Vaccination in Bombay 1869-1873 - 1869-1873
Year: 1869
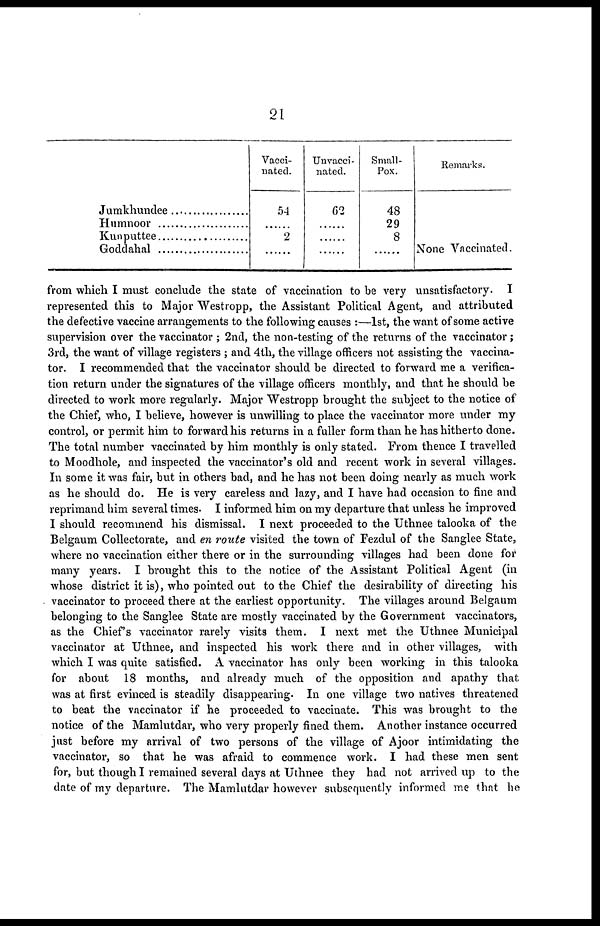
21
Jumkhundee .........................
Humnoor .........................
Kunputtee .........................
Goddahal .........................
Vacci-
nated.
54
......
2
......
Unvacci-
nated.
62
......
......
......
Small-
Pox.
48
29
8
......
Remarks.
None Vaccinated.
from which I must conclude the state of vaccination to be very unsatisfactory. I
represented this to Major Westropp, the Assistant Political Agent, and attributed
the defective vaccine arrangements to the following causes :—1st, the want of some active
supervision over the vaccinator ; 2nd, the non-testing of the returns of the vaccinator;
3rd, the want of village registers ; and 4th, the village officers not assisting the vaccina-
tor. I recommended that the vaccinator should be directed to forward me a verifica-
tion return under the signatures of the village officers monthly, and that he should be
directed to work more regularly. Major Westropp brought the subject to the notice of
the Chief, who, I believe, however is unwilling to place the vaccinator more under my
control, or permit him to forward his returns in a fuller form than he has hitherto done.
The total number vaccinated by him monthly is only stated. From thence I travelled
to Moodhole, and inspected the vaccinator's old and recent work in several villages.
In some it was fair, but in others bad, and he has not been doing nearly as much work
as he should do. He is very careless and lazy, and I have had occasion to fine and
reprimand him several times. I informed him on my departure that unless he improved
I should recommend his dismissal. I next proceeded to the Uthnee talooka of the
Belgaum Collectorate, and en route visited the town of Fezdul of the Sanglee State,
where no vaccination either there or in the surrounding villages had been done for
many years. I brought this to the notice of the Assistant Political Agent (in
whose district it is), who pointed out to the Chief the desirability of directing his
vaccinator to proceed there at the earliest opportunity. The villages around Belgaum
belonging to the Sanglee State are mostly vaccinated by the Government vaccinators,
as the Chief's vaccinator rarely visits them. I next met the Uthnee Municipal
vaccinator at Uthnee, and inspected his work there and in other villages, with
which I was quite satisfied. A vaccinator has only been working in this talooka
for about 18 months, and already much of the opposition and apathy that
was at first evinced is steadily disappearing. In one village two natives threatened
to beat the vaccinator if he proceeded to vaccinate. This was brought to the
notice of the Mamlutdar, who very properly fined them. Another instance occurred
just before my arrival of two persons of the village of Ajoor intimidating the
vaccinator, so that he was afraid to commence work. I had these men sent
for, but though I remained several days at Uthnee they had not arrived up to the
date of my departure. The Mamlutdar however subsequently informed me that he